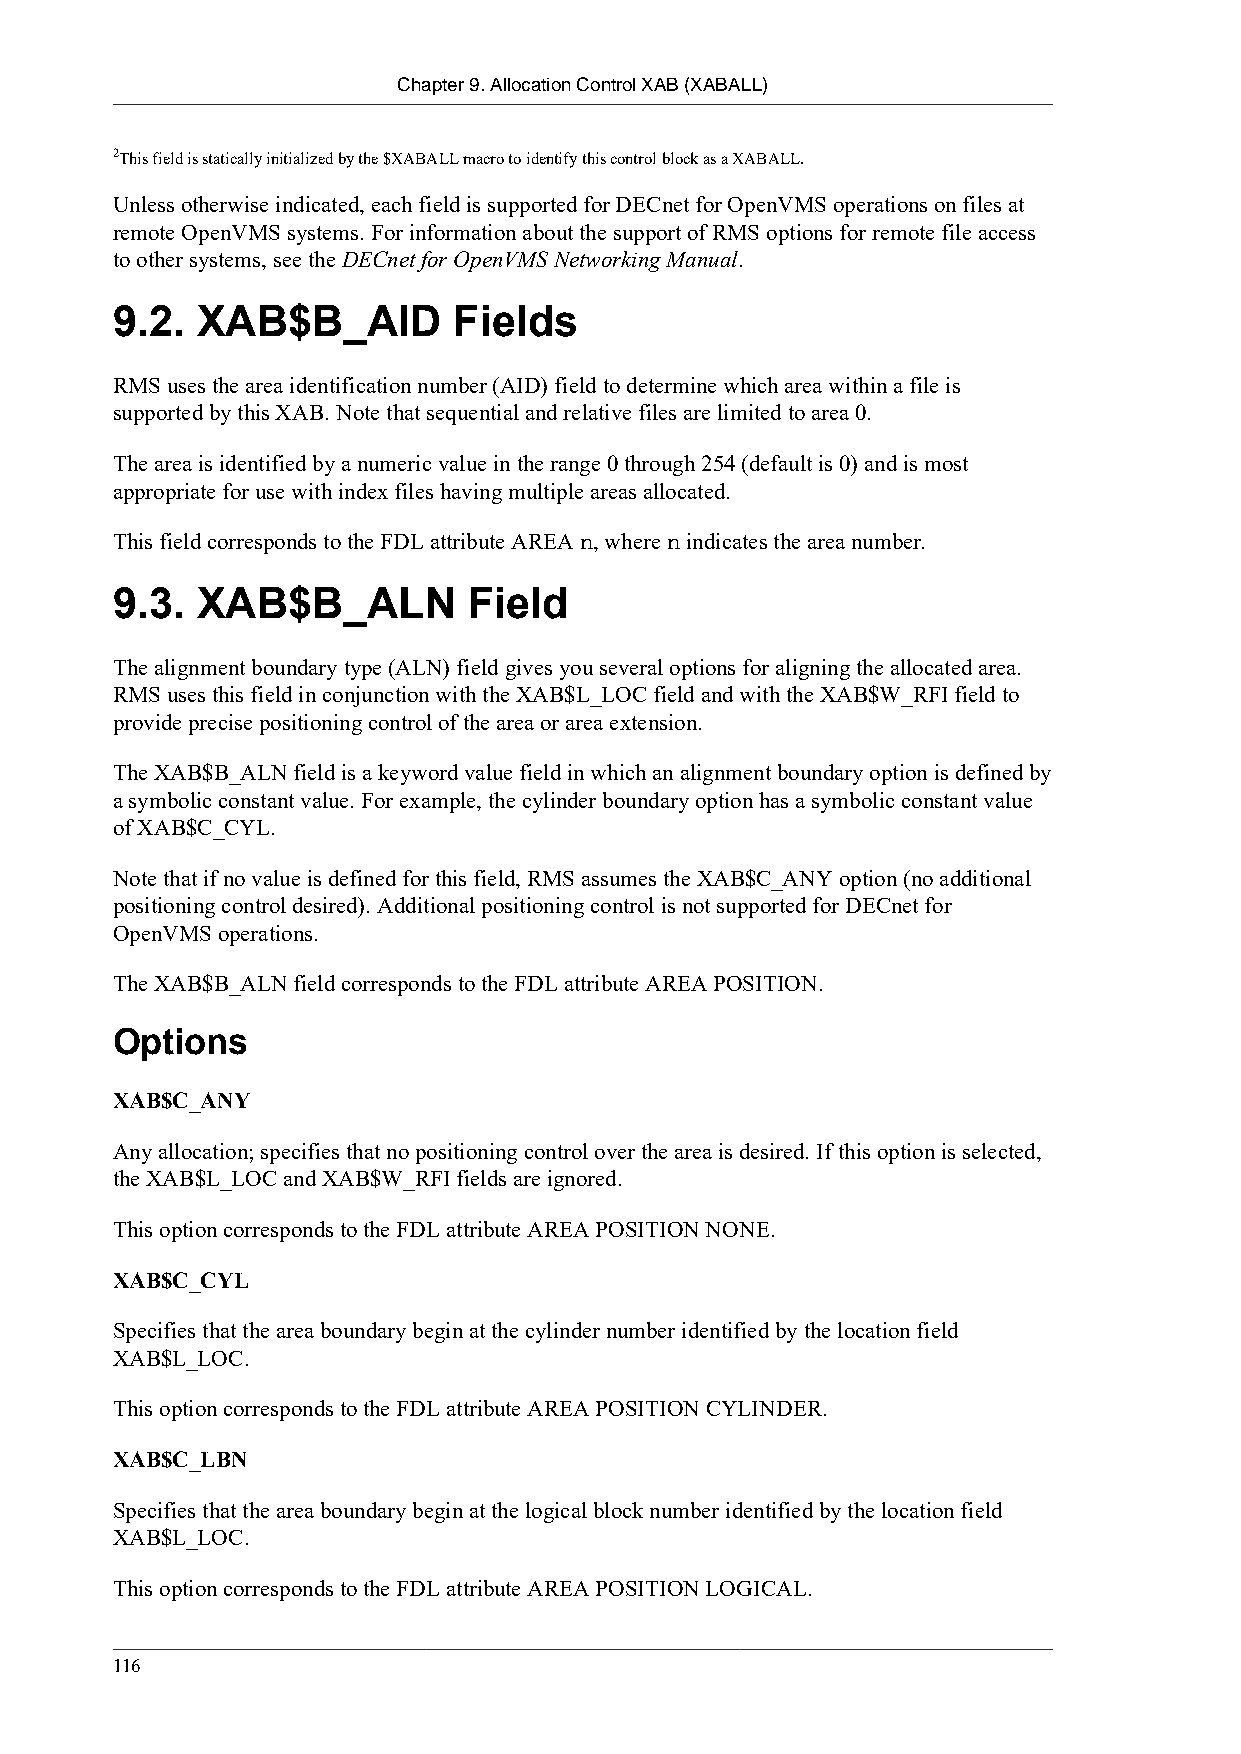
Chapter 9. Allocation Control XAB (XABALL)
 2This field is statically initialized by the $XABALL macro to identify this control block as a XABALL.
 Unless otherwise indicated, each field is supported for DECnet for OpenVMS operations on files at
 remote OpenVMS systems. For information about the support of RMS options for remote file access
 to other systems, see the DECnet for OpenVMS Networking Manual.
 9.2.  XAB$B_AID        Fields
 RMS uses the area identification number (AID) field to determine which area within a file is
 supported by this XAB. Note that sequential and relative files are limited to area 0.
 The area is identified by a numeric value in the range 0 through 254 (default is 0) and is most
 appropriate for use with index files having multiple areas allocated.
 This field corresponds to the FDL attribute AREA n, where n indicates the area number.
 9.3.  XAB$B_ALN         Field
 The alignment boundary type (ALN) field gives you several options for aligning the allocated area.
 RMS uses this field in conjunction with the XAB$L_LOC field and with the XAB$W_RFI field to
 provide precise positioning control of the area or area extension.
 The XAB$B_ALN field is a keyword value field in which an alignment boundary option is defined by
 a symbolic constant value. For example, the cylinder boundary option has a symbolic constant value
 of XAB$C_CYL.
 Note that if no value is defined for this field, RMS assumes the XAB$C_ANY option (no additional
 positioning control desired). Additional positioning control is not supported for DECnet for
 OpenVMS operations.
 The XAB$B_ALN field corresponds to the FDL attribute AREA POSITION.
 Options
 XAB$C_ANY
 Any allocation; specifies that no positioning control over the area is desired. If this option is selected,
 the XAB$L_LOC and XAB$W_RFI fields are ignored.
 This option corresponds to the FDL attribute AREA POSITION NONE.
 XAB$C_CYL
 Specifies that the area boundary begin at the cylinder number identified by the location field
 XAB$L_LOC.
 This option corresponds to the FDL attribute AREA POSITION CYLINDER.
 XAB$C_LBN
 Specifies that the area boundary begin at the logical block number identified by the location field
 XAB$L_LOC.
 This option corresponds to the FDL attribute AREA POSITION LOGICAL.
 116